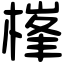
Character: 𣗏